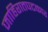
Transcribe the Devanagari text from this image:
जाहिरातपटकार